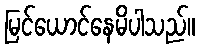
မြင်ယောင်နေမိပါသည်။